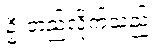
ဦးတည်လိုက်သည်